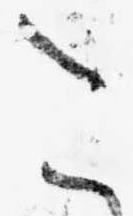
こ